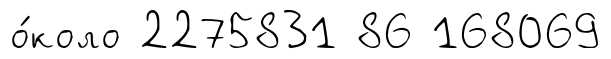
о́коло 2275831 86 168069